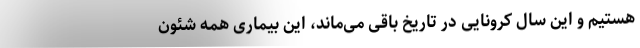
هستیم و این سال کرونایی در تاریخ باقی می‌ماند، این بیماری همه شئون